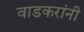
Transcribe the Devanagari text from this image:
वाडकरांनी